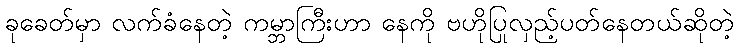
ခုခေတ်မှာ လက်ခံနေတဲ့ ကမ္ဘာကြီးဟာ နေကို ဗဟိုပြုလှည့်ပတ်နေတယ်ဆိုတဲ့